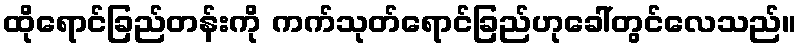
ထိုရောင်ခြည်တန်းကို ကက်သုတ်ရောင်ခြည်ဟုခေါ်တွင်လေသည်။